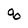
Character: q